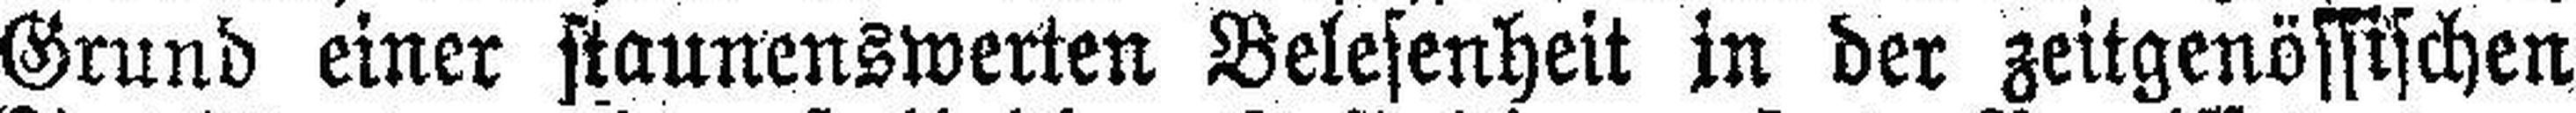
Grund einer staunenswerten Belesenheit in der zeitgenössischen